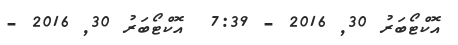
އޮކްޓޯބަރު 30